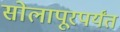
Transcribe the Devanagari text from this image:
सोलापूरपर्यंत